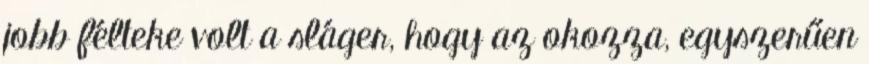
jobb félteke volt a sláger, hogy az okozza, egyszerűen